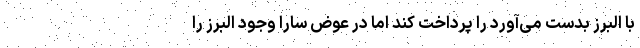
با البرز بدست می‌آورد را پرداخت کند اما در عوض سارا وجود البرز را